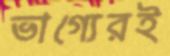
ভাগ্যেরই